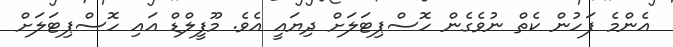
އެންމެ ފަހުން ކެތް ނުވެގެން ހޮސްޕިޓަލަށް ދިޔައީ އެވެ. މޫފީލްޑް އައި ހޮސްޕިޓަލަށް